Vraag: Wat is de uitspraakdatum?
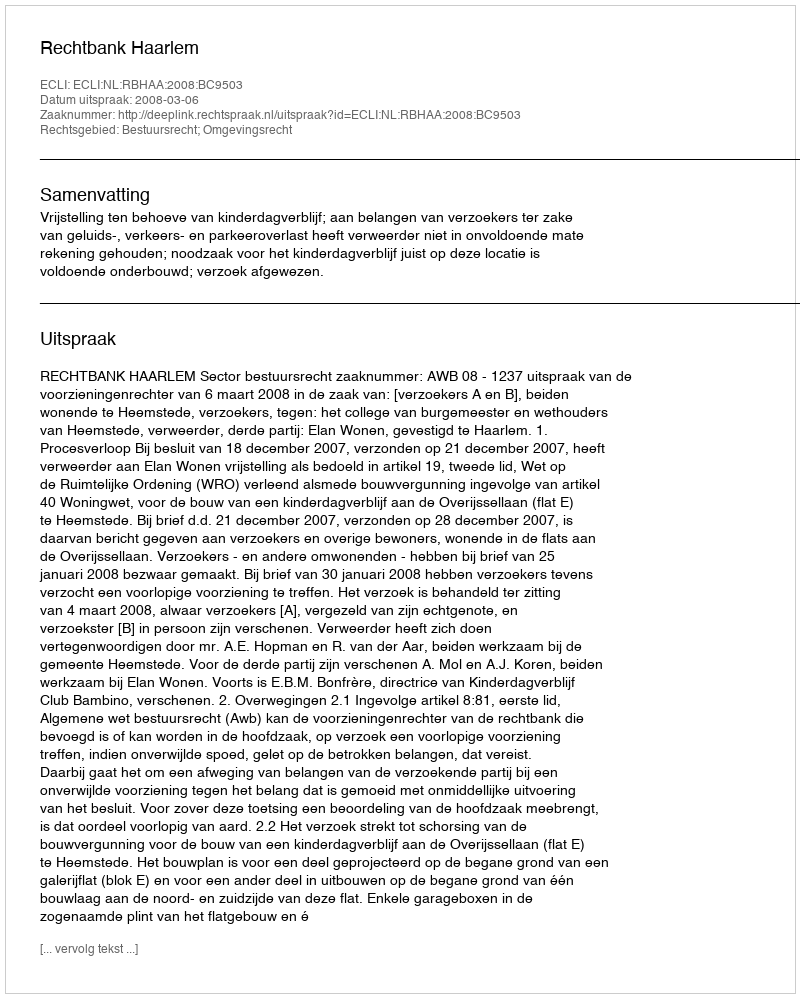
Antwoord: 2008-03-06